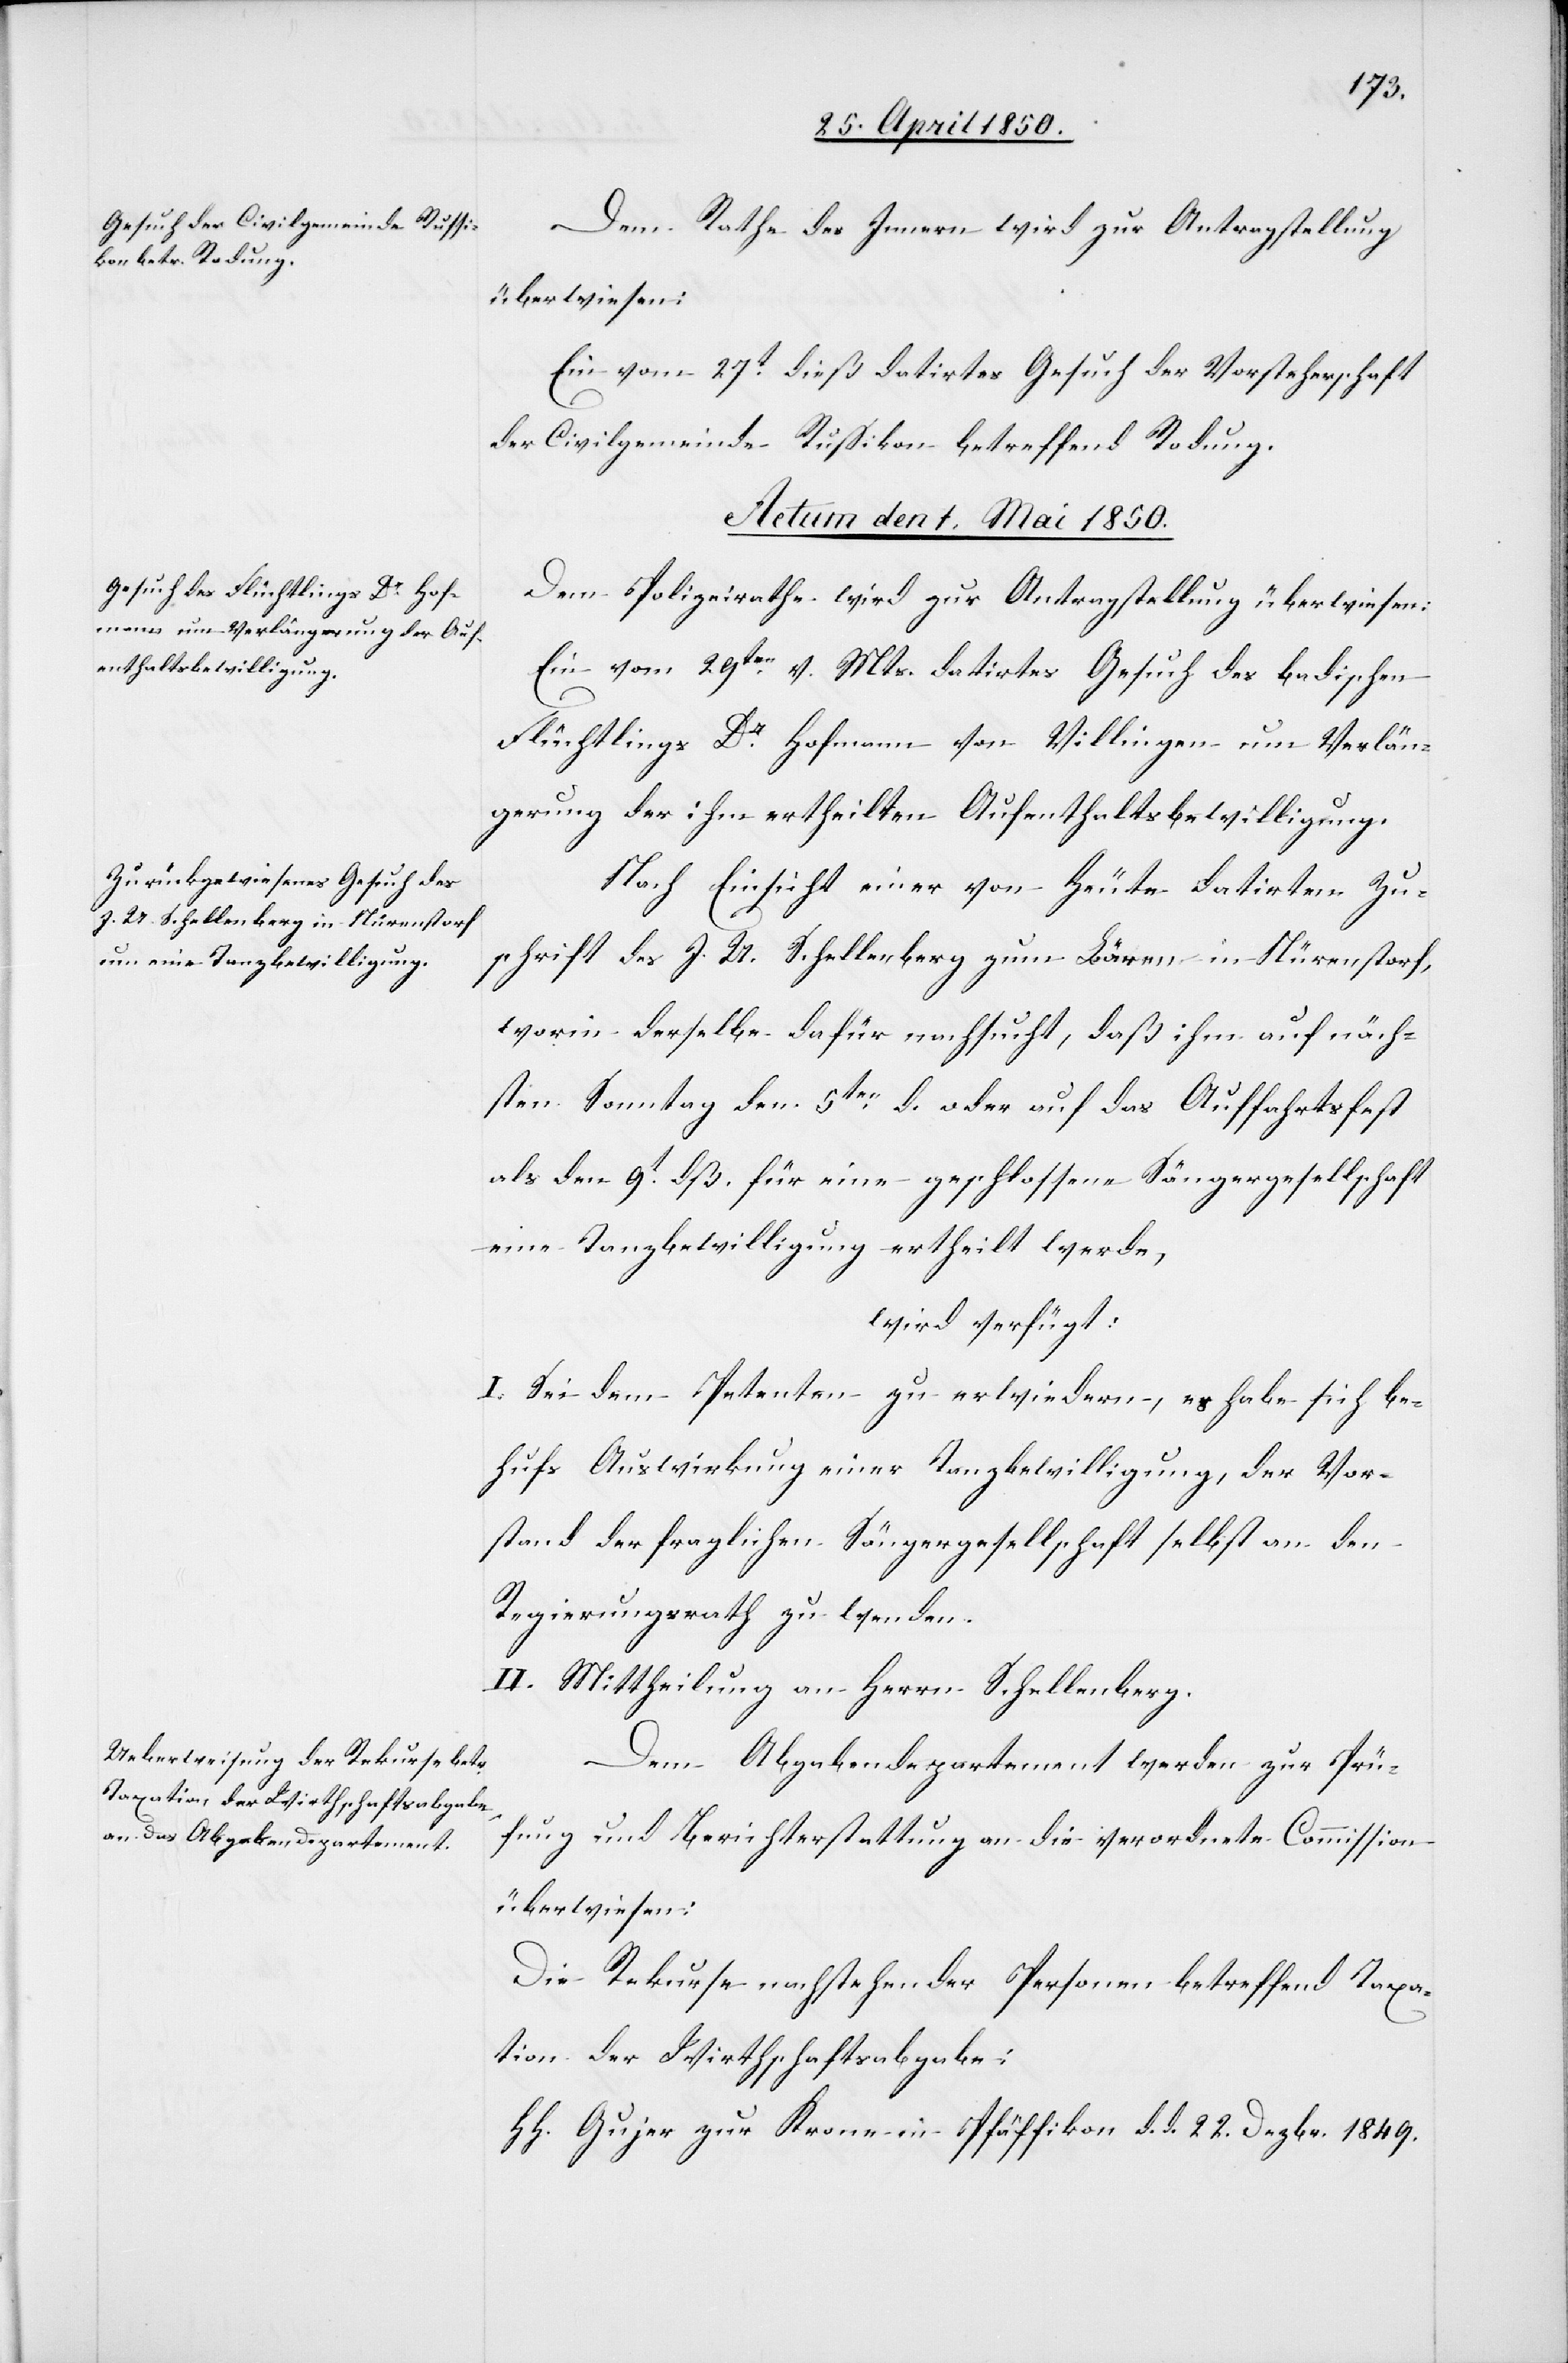
Dem Rathe des Innern wird zur Antragstellung
überwiesen:
Ein vom 27t dieß datirtes Gesuch der Vorsteherschaft
der Civilgemeinde Russikon betreffend Rodung.
Actum den 1. Mai 1850.]
Dem Polizeirathe wird zur Antragstellung überwiesen:
Ein vom 29ten v. Mts. datirtes Gesuch des badischen
Flüchtlings Dr Hofmann von Willingen um Verlän¬
gerung der ihm ertheilten Aufenthaltsbewilligung.
Nach Einsicht einer von Heute datirten Zu¬
schrift des J. U. Schellenberg zum Löwen in Nürenstorf,
worin derselbe dafür nachsucht, daß ihm auf näch¬
sten Sonntag den 5ten d. oder auf das Auffahrtsfest
als den 9t dß. für eine geschlossene Sängergesellschaft
eine Tanzbewilligung ertheilt werde,
wird verfügt:
I. Sei dem Petenten zu erwiedern, es habe sich be¬
hufs Auswirkung einer Tanzbewilligung, der Vor¬
stand der fraglichen Sängergesellschaft selbst an den
Regierungsrath zu wenden.
II. Mittheilung an Herrn Schellenberg.
Dem Abgabendepartement werden zur Prü¬
fung und Berichterstattung an die verordnete Commission
überwiesen:
Die Rekurse nachstehender Personen betreffend Taxa¬
tion der Wirthschaftsabgabe:
H H. Gujer zur Krone in Pfäffikon	d. d.	22.	Dezbr. 	1849